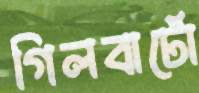
গিলবার্টো